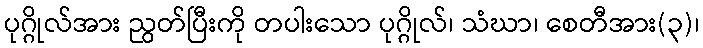
ပုဂ္ဂိုလ်အား ညွတ်ပြီးကို တပါးသော ပုဂ္ဂိုလ်၊ သံဃာ၊ စေတီအား(၃)၊